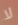
لا